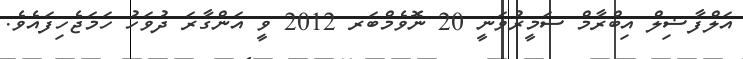
އަލްފާޟިލް އިބްރާމް ސަމީރުވަނީ 20 ނޮވެމްބަރ 2012 ވީ އަންގާރަ ދުވަހު ހަމަޖެހިފައެވެ.